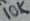
Text: 10K